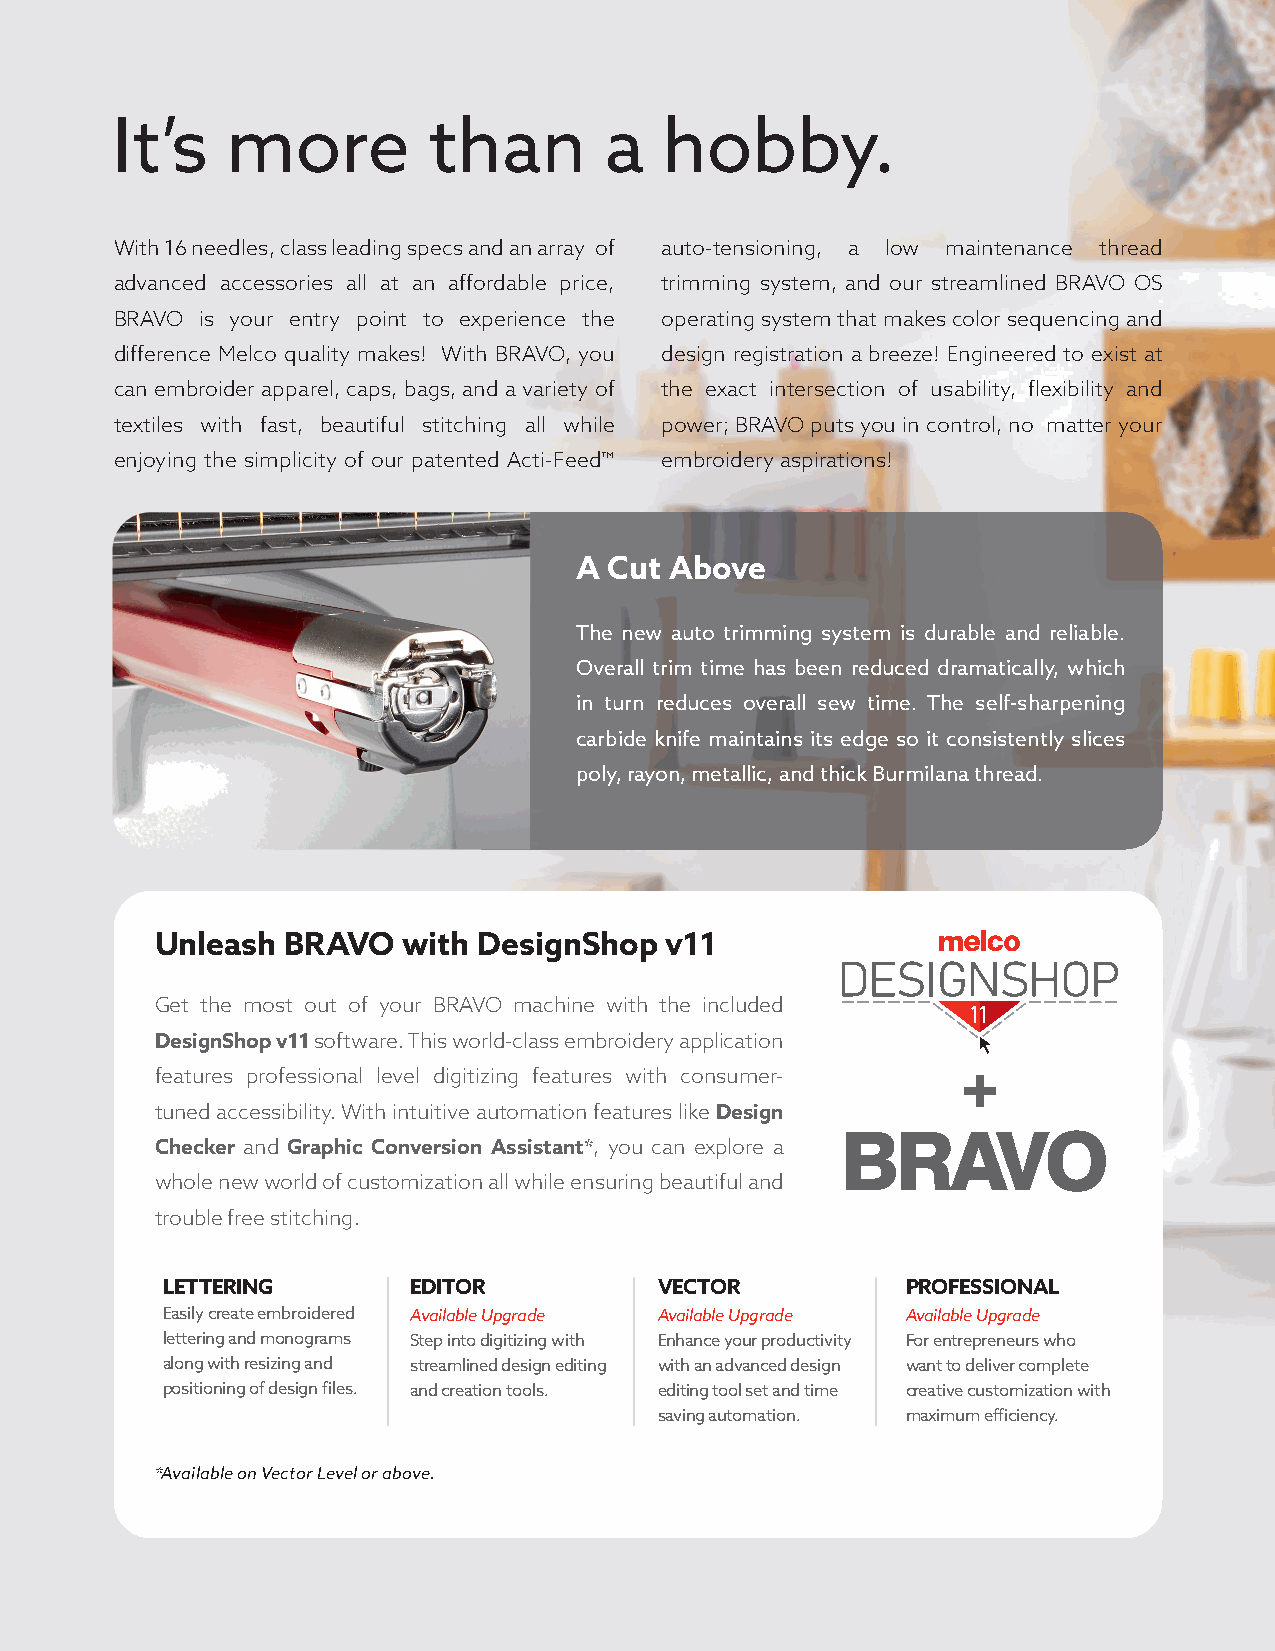
It’s    more         than        a   hobby.
 With 16 needles, class leading specs and an array of auto-tensioning, a low maintenance thread
 advanced accessories all at an affordable price, trimming system, and our streamlined BRAVO OS
 BRAVO is your entry point to experience the operating system that makes color sequencing and
 difference Melco quality makes! With BRAVO, you design registration a breeze! Engineered to exist at
 can embroider apparel, caps, bags, and a variety of the exact intersection of usability, flexibility and
 textiles with fast, beautiful stitching all while power; BRAVO puts you in control, no matter your
 enjoying the simplicity of our patented Acti-Feed™ embroidery aspirations!
 A Cut Above
 The new auto trimming system is durable and reliable.
 Overall trim time has been reduced dramatically, which
 in turn reduces overall sew time. The self-sharpening
 carbide knife maintains its edge so it consistently slices
 poly, rayon, metallic, and thick Burmilana thread.
 Unleash  BRAVO   with DesignShop  v11
 Get the most out of your BRAVO machine with the included
 DesignShop v11 software. This world-class embroidery application
 features professional level digitizing features with consumer-
 tuned accessibility. With intuitive automation features like Design
 Checker and Graphic Conversion Assistant*, you can explore a
 whole new world of customization all while ensuring beautiful and
 trouble free stitching.
 LETTERING       EDITOR           VECTOR          PROFESSIONAL
 Easily create embroidered Available Upgrade Available Upgrade Available Upgrade
 lettering and monograms Step into digitizing with Enhance your productivity For entrepreneurs who
 along with resizing and streamlined design editing with an advanced design want to deliver complete
 positioning of design files. and creation tools. editing tool set and time creative customization with
 saving automation. maximum efficiency.
 *Available on Vector Level or above.